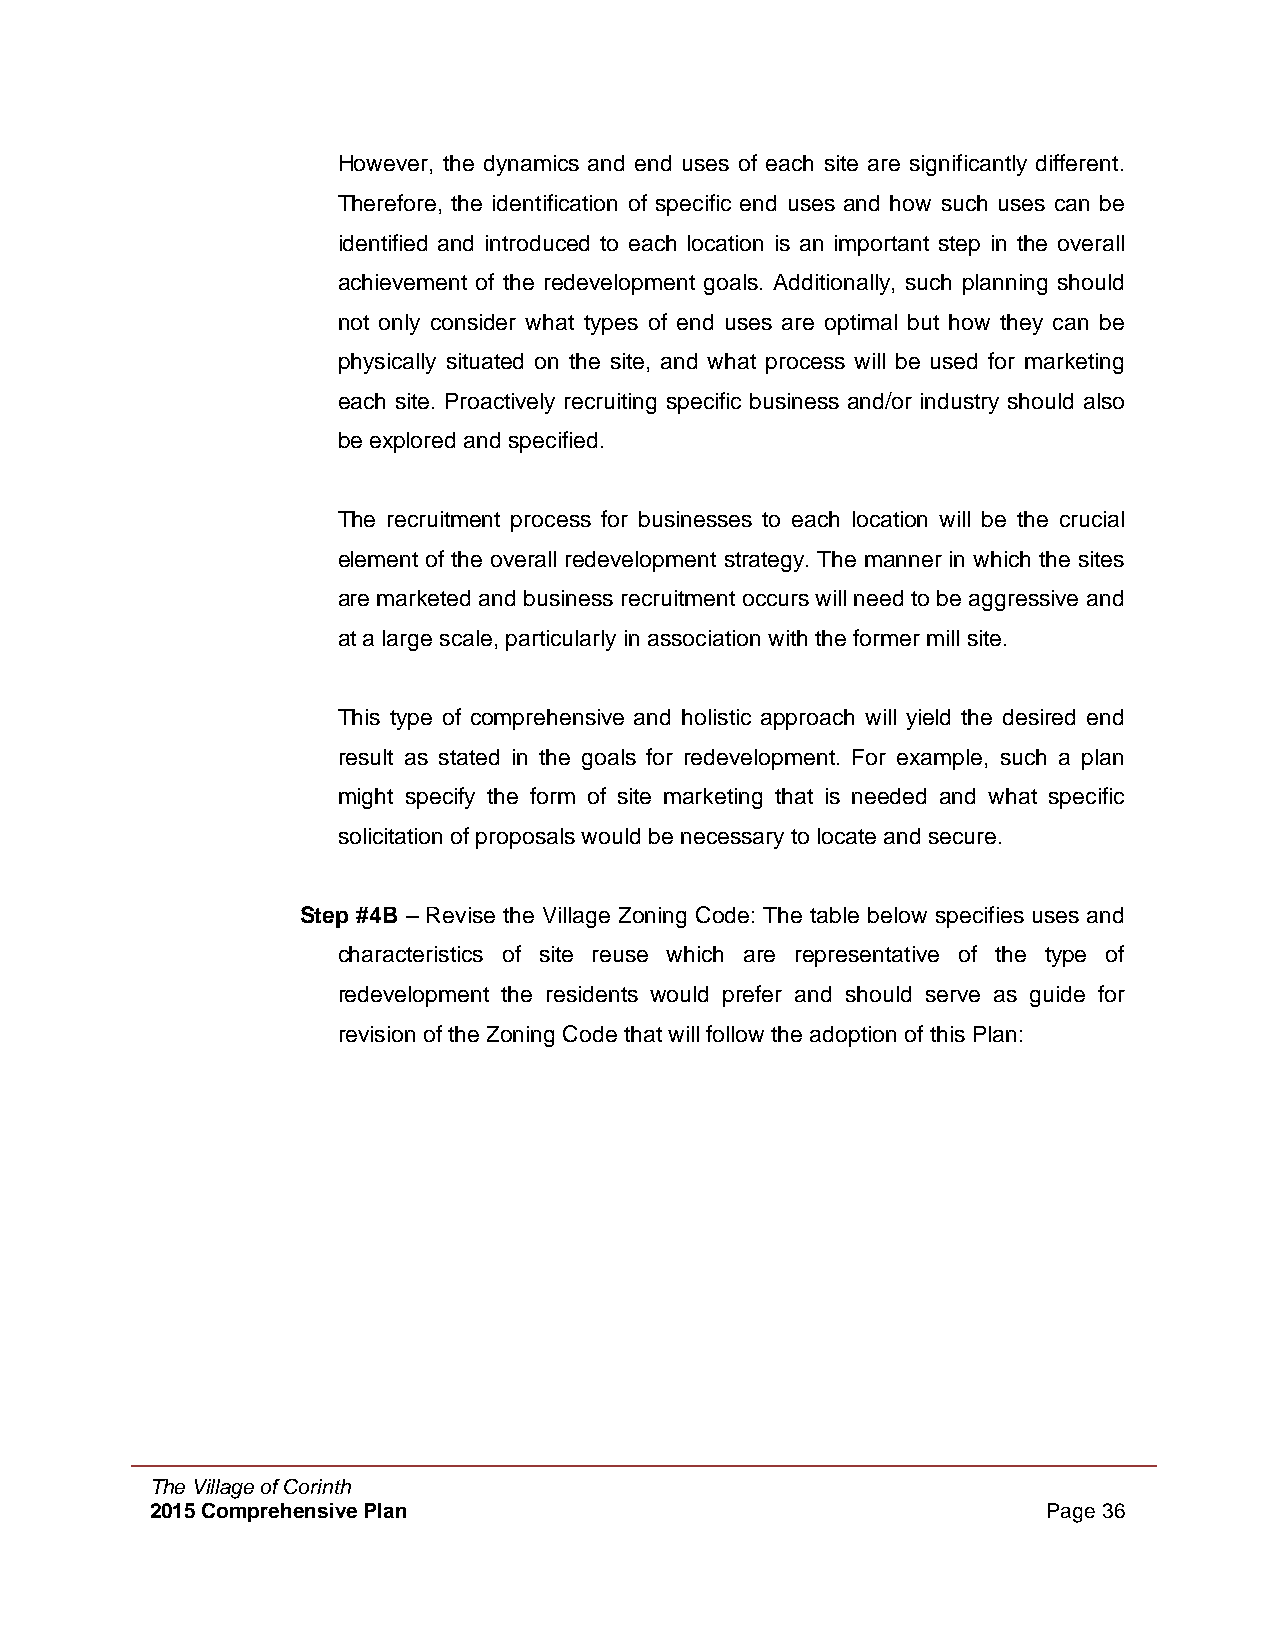
However, the dynamics and end uses of each site are significantly different.
 Therefore, the identification of specific end uses and how such uses can be
 identified and introduced to each location is an important step in the overall
 achievement of the redevelopment goals. Additionally, such planning should
 not only consider what types of end uses are optimal but how they can be
 physically situated on the site, and what process will be used for marketing
 each site. Proactively recruiting specific business and/or industry should also
 be explored and specified.
 The recruitment process for businesses to each location will be the crucial
 element of the overall redevelopment strategy. The manner in which the sites
 are marketed and business recruitment occurs will need to be aggressive and
 at a large scale, particularly in association with the former mill site.
 This type of comprehensive and holistic approach will yield the desired end
 result as stated in the goals for redevelopment. For example, such a plan
 might specify the form of site marketing that is needed and what specific
 solicitation of proposals would be necessary to locate and secure.
 Step #4B – Revise the Village Zoning Code: The table below specifies uses and
 characteristics of site reuse which are representative of the type of
 redevelopment the residents would prefer and should serve as guide for
 revision of the Zoning Code that will follow the adoption of this Plan:
 The Village of Corinth
 2015 Comprehensive Plan                                    Page 36